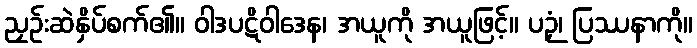
ညှဉ်းဆဲနှိပ်စက်၏။ ဝါဒပဋိဝါဒေန၊ အယူကို အယူဖြင့်။ ပဉှံ၊ ပြဿနာကို။